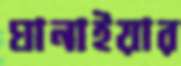
ঘানাইয়ার